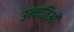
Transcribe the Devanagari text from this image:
उन्नतिओं